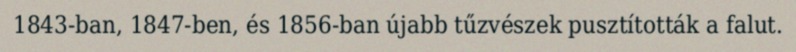
1843-ban, 1847-ben, és 1856-ban újabb tűzvészek pusztították a falut.